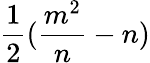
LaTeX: {\frac{1}{2}}({\frac{m^{2}}{n}}-n)